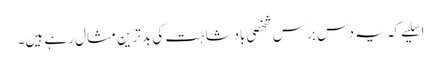
اسلیے کہ یہ دس برس شخصی بادشاہت کی بدترین مثال رہے ہیں۔